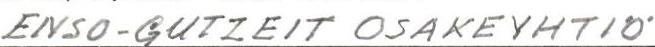
ENSO-GUTZEIT OSAKEYHTIÖ